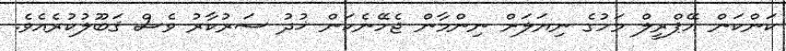
ކަންކަން އޭޕްރީލް މަހުގެ ނިޔަލަށް ނިންމާން ޖެހޭނެކަން ޚުދު ސަރުކާރު ވެސް ޤަބޫލުކުރެއެވެ.